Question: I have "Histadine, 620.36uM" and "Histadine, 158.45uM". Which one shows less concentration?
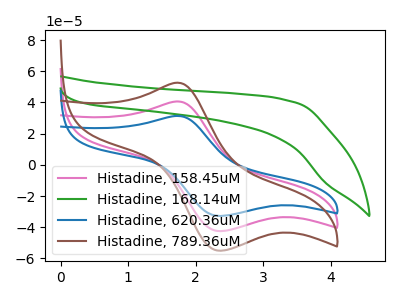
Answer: <think>The pink curve "Histadine, 158.45uM" has an anodic peak at (1.75V, 40.65uA) and a cathodic peak at (2.35V, -42.55uA). The green curve "Histadine, 168.14uM" has no peaks. The blue curve "Histadine, 620.36uM" has an anodic peak at (1.75V, 31.35uA) and a cathodic peak at (2.35V, -32.85uA). The brown curve "Histadine, 789.36uM" has an anodic peak at (1.75V, 81.30uA) and a cathodic peak at (2.35V, -85.10uA).
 All the peaks in "Histadine, 620.36uM" have a peak in "Histadine, 158.45uM" at the same potential. Every peak in "Histadine, 620.36uM" is lower than every peak in "Histadine, 158.45uM".</think>
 <answer>"Histadine, 620.36uM" has less signal than "Histadine, 158.45uM" and so likely has a lower concentration.</answer>
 <eval>less_concentration</eval>